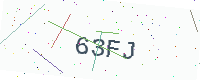
Text: 63FJ